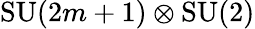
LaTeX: \mathrm{SU}(2m+1)\otimes\mathrm{SU}(2)